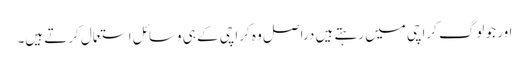
اور جو لوگ کراچی میں رہتے ہیں دراصل وہ کراچی کے ہی وسائل استعمال کرتے ہیں۔